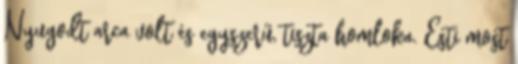
Nyugodt arca volt és egyszerű, tiszta homloka. Esti most